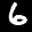
Label: 6